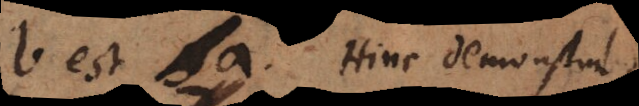
b est a. Hinc demonstratio